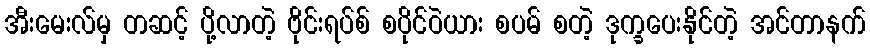
အီးမေးလ်မှ တဆင့် ပို့လာတဲ့ ဗိုင်းရပ်စ် စပိုင်ဝဲယား စပမ် စတဲ့ ဒုက္ခပေးနိုင်တဲ့ အင်တာနက်